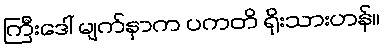
ကြီးဒေါ် မျက်နှာက ပကတိ ရိုးသားဟန်။